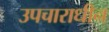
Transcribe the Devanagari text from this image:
उपचाराधीन